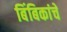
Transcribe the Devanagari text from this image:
बिंबिकांचे